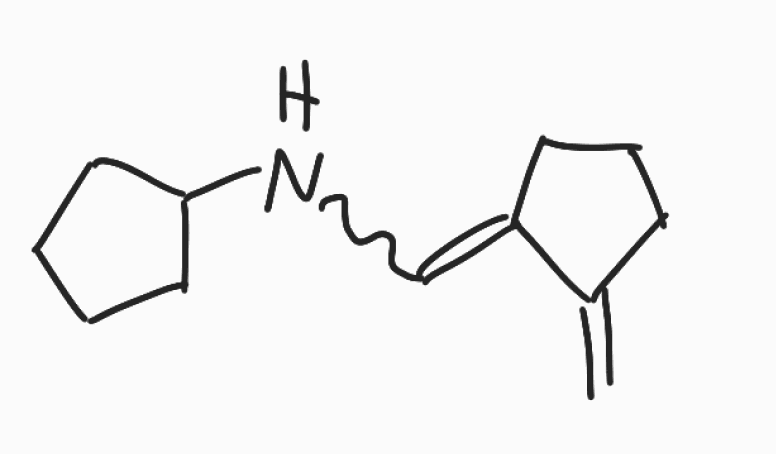
Simplified molecular-input line-entry system (SMILES) notation of the given molecule:
C=C1CCCC1=CNC2CCCC2